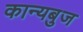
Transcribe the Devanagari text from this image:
कान्यबुज